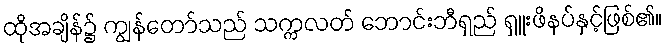
ထိုအချိန်၌ ကျွန်တော်သည် သက္ကလတ် ဘောင်းဘီရှည် ရှူးဖိနပ်နှင့်ဖြစ်၏။